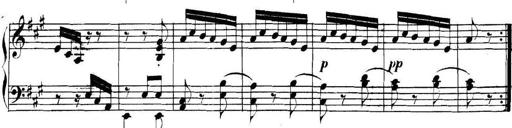
Title: Collected Piano Sonatas
Composer: Muzio Clementi